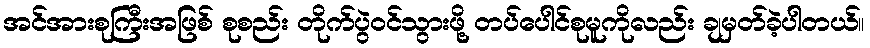
အင်အားစုကြီးအဖြစ် စုစည်း တိုက်ပွဲဝင်သွားဖို့ တပ်ပေါင်စုမူကိုလည်း ချမှတ်ခဲ့ပါတယ်။